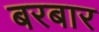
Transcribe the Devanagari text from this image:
बरबार